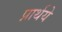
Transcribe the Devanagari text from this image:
प्रार्थये